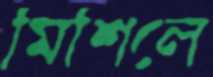
মিশিলে